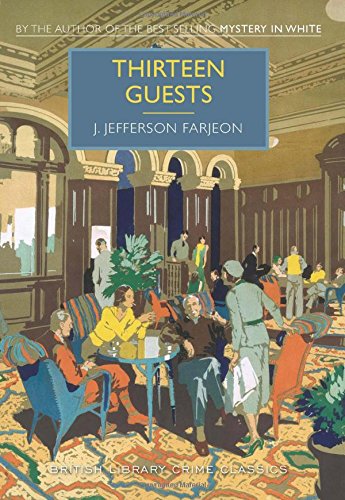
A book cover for Thirteen Guests: A British Library Crime Classic (British Library Crime Classics); J Farjeon; Mystery, Thriller & Suspense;